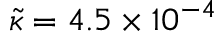
\tilde { \kappa } = 4 . 5 \times 1 0 ^ { - 4 }